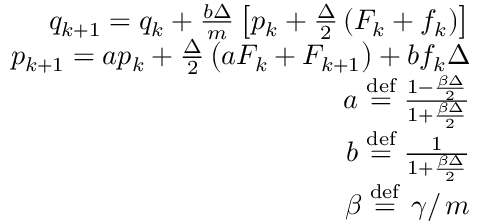
\begin{array} { r } { q _ { k + 1 } = q _ { k } + \frac { b \Delta } { m } \left[ p _ { k } + \frac { \Delta } { 2 } \left( F _ { k } + f _ { k } \right) \right] } \\ { p _ { k + 1 } = a p _ { k } + \frac { \Delta } { 2 } \left( a F _ { k } + F _ { k + 1 } \right) + b f _ { k } \Delta } \\ { a \stackrel { \mathrm { d e f } } { = } \frac { 1 - \frac { \beta \Delta } { 2 } } { 1 + \frac { \beta \Delta } { 2 } } } \\ { b \stackrel { \mathrm { d e f } } { = } \frac { 1 } { 1 + \frac { \beta \Delta } { 2 } } } \\ { \beta \stackrel { \mathrm { d e f } } { = } \left. \gamma \right/ m } \end{array}